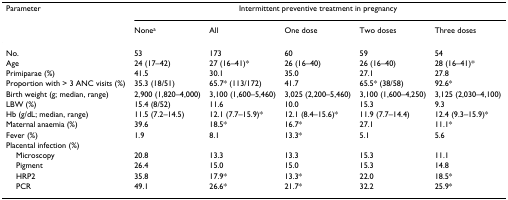
<table><thead><tr><td><b>Parameter</b></td><td colspan="5"><b>Intermittent preventive treatment in pregnancy</b></td></tr><tr><td></td><td><b>None<sup>a</sup></b></td><td><b>All</b></td><td><b>One dose</b></td><td><b>Two doses</b></td><td><b>Three doses</b></td></tr></thead><tbody><tr><td>No.</td><td>53</td><td>173</td><td>60</td><td>59</td><td>54</td></tr><tr><td>Age</td><td>24 (17–42)</td><td>27 (16–41)*</td><td>26 (16–40)</td><td>26 (16–40)</td><td>28 (16–41)*</td></tr><tr><td>Primiparae (%)</td><td>41.5</td><td>30.1</td><td>35.0</td><td>27.1</td><td>27.8</td></tr><tr><td>Proportion with &gt; 3 ANC visits (%)</td><td>35.3 (18/51)</td><td>65.7* (113/172)</td><td>41.7</td><td>65.5* (38/58)</td><td>92.6*</td></tr><tr><td>Birth weight (g; median, range)</td><td>2,900 (1,820–4,000)</td><td>3,100 (1,600–5,460)</td><td>3,025 (2,200–5,460)</td><td>3,100 (1,600–4,250)</td><td>3,125 (2,030–4,100)</td></tr><tr><td>LBW (%)</td><td>15.4 (8/52)</td><td>11.6</td><td>10.0</td><td>15.3</td><td>9.3</td></tr><tr><td>Hb (g/dL; median, range)</td><td>11.5 (7.2–14.5)</td><td>12.1 (7.7–15.9)*</td><td>12.1 (8.4–15.6)*</td><td>11.9 (7.7–14.4)</td><td>12.4 (9.3–15.9)*</td></tr><tr><td>Maternal anaemia (%)</td><td>39.6</td><td>18.5*</td><td>16.7*</td><td>27.1</td><td>11.1*</td></tr><tr><td>Fever (%)</td><td>1.9</td><td>8.1</td><td>13.3*</td><td>5.1</td><td>5.6</td></tr><tr><td>Placental infection (%)</td><td></td><td></td><td></td><td></td><td></td></tr><tr><td> Microscopy</td><td>20.8</td><td>13.3</td><td>13.3</td><td>15.3</td><td>11.1</td></tr><tr><td> Pigment</td><td>26.4</td><td>15.0</td><td>15.0</td><td>15.3</td><td>14.8</td></tr><tr><td> HRP2</td><td>35.8</td><td>17.9*</td><td>13.3*</td><td>22.0</td><td>18.5*</td></tr><tr><td> PCR</td><td>49.1</td><td>26.6*</td><td>21.7*</td><td>32.2</td><td>25.9*</td></tr></tbody></table>